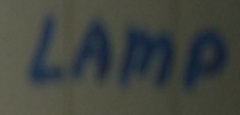
Text: LAMP